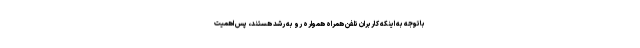
باتوجه به اینکه کاربران تلفن همراه همواره رو به رشد هستند، پس اهمیت